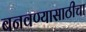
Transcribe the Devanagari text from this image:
बनवण्यासाठीचा